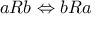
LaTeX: a R b \Leftrightarrow b R a